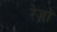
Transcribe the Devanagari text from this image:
रेजो